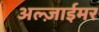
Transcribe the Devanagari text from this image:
अल्ज़ाईमर